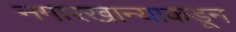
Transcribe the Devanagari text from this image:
नगारखान्याकडून